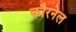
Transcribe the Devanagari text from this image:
कौरनेल